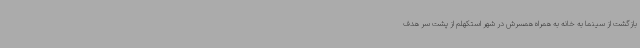
بازگشت از سینما به خانه به همراه همسرش در شهر استکهلم از پشت سر هدف